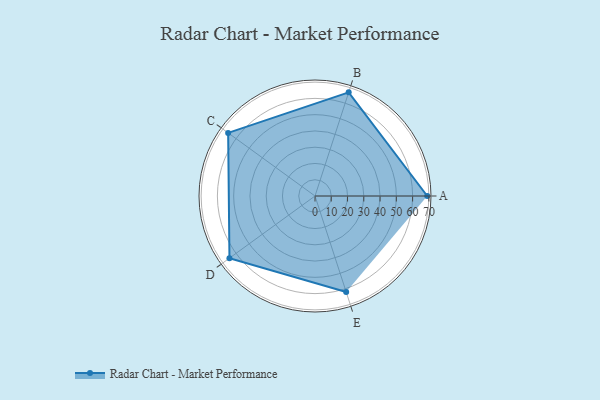
{"axis": {"x": "Skill", "y": "Score"}, "legend": ["Profile"], "data": [{"x": "A", "y": 69.0, "type": "Profile"}, {"x": "B", "y": 67.0, "type": "Profile"}, {"x": "C", "y": 66.0, "type": "Profile"}, {"x": "D", "y": 65.0, "type": "Profile"}, {"x": "E", "y": 62.0, "type": "Profile"}]}